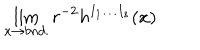
\lim _ { x \to b n d . } r ^ { - 2 } h ^ { I _ { 1 } \ldots I _ { s } } ( x )